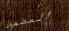
المضمون